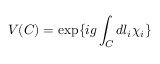
V ( C ) = \exp \{ i g \int _ { C } d l _ { i } \chi _ { i } \}